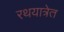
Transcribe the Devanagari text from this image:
रथयात्रेत